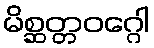
မိစ္ဆတ္တဝဂ္ဂေါ